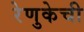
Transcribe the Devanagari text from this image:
रेणुकेची